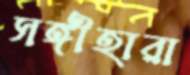
সঙ্গীহারা